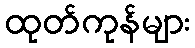
ထုတ်ကုန်များ